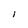
Character: l